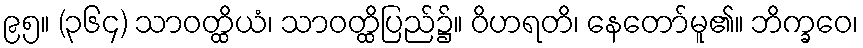
၉၅။ (၃၆၄) သာဝတ္ထိယံ၊ သာဝတ္ထိပြည်၌။ ဝိဟရတိ၊ နေတော်မူ၏။ ဘိက္ခဝေ၊